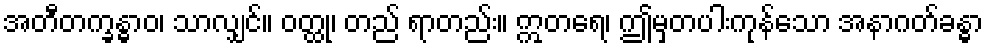
အတီတက္ခန္ဓာဝ၊ သာလျှင်။ ဝတ္ထု၊ တည် ရာတည်း။ ဣတရေ၊ ဤမှတပါးကုန်သော အနာဂတ်ခန္ဓာ